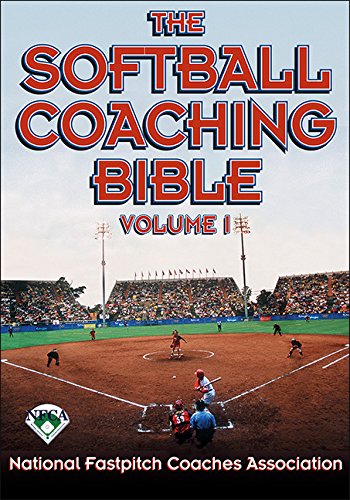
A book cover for The Softball Coaching Bible, Volume I, The (The Coaching Bible Series); National Fastpitch Coaches Association; Sports & Outdoors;